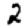
Digit: 2